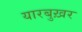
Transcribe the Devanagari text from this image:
यारबुख़र